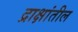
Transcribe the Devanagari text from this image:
द्राक्षांतील